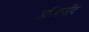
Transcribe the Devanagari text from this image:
डॉ॰मजीद